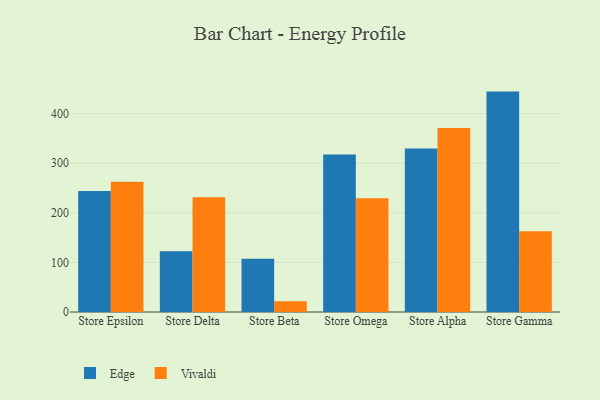
{"axis": {"x": "Store", "y": "Backlog"}, "legend": ["Edge", "Vivaldi"], "data": [{"x": "Store Epsilon", "y": 244.1, "type": "Edge"}, {"x": "Store Epsilon", "y": 262.7, "type": "Vivaldi"}, {"x": "Store Delta", "y": 122.5, "type": "Edge"}, {"x": "Store Delta", "y": 231.5, "type": "Vivaldi"}, {"x": "Store Beta", "y": 107.5, "type": "Edge"}, {"x": "Store Beta", "y": 21.7, "type": "Vivaldi"}, {"x": "Store Omega", "y": 317.5, "type": "Edge"}, {"x": "Store Omega", "y": 229.5, "type": "Vivaldi"}, {"x": "Store Alpha", "y": 329.6, "type": "Edge"}, {"x": "Store Alpha", "y": 371.1, "type": "Vivaldi"}, {"x": "Store Gamma", "y": 444.4, "type": "Edge"}, {"x": "Store Gamma", "y": 162.7, "type": "Vivaldi"}]}